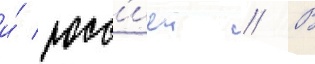
и́ росс'иеи // В